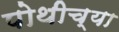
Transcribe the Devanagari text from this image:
पोथीच्या